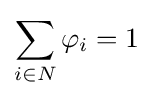
\sum _{i\in N}\varphi _{i}=1